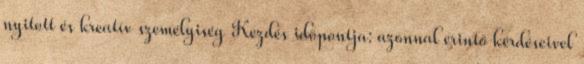
nyitott és kreatív személyiség Kezdés időpontja: azonnal érintő kérdéseivel